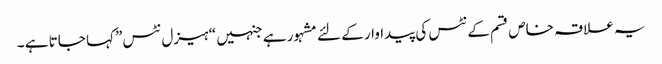
یہ علاقہ خاص قسم کے نٹس کی پیداوار کے لئے مشہور ہے جنہیں “ہیزل نٹس” کہا جاتا ہے ۔